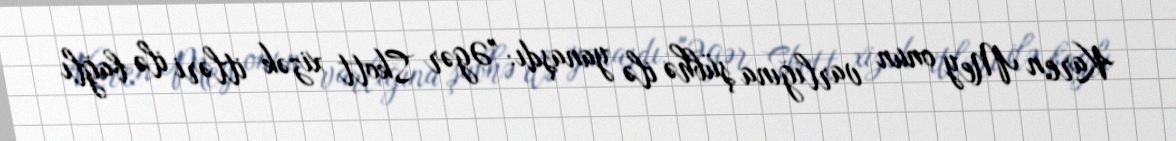
Karen Mey onun varlığına şübhə ilə yanaşdı: "Əgər Skott xizək itləri ilə bağlı